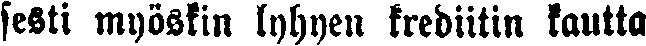
sesti myöskin lyhyen krediitin kautta